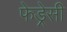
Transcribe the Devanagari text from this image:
फेड्रेसी